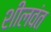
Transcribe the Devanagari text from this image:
शीलवंत